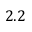
2 . 2